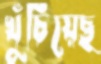
খুঁচিয়েছ